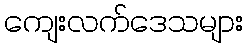
ကျေးလက်ဒေသများ